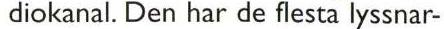
 diokanal. Den har de flesta lyssnar-